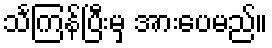
သင်္ကြန်ပြီးမှ အားပေမည်။